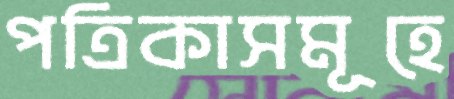
পত্রিকাসমূহে